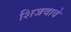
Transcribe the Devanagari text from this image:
शिजवावे